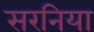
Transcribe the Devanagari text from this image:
सरनिया